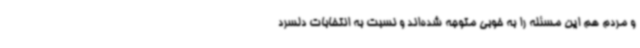
و مردم هم این مسئله را به خوبی متوجه شده‌اند و نسبت به انتخابات دلسرد